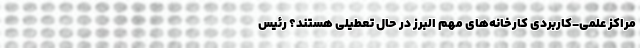
مراکز علمی-کاربردی کارخانه‌های مهم البرز در حال تعطیلی هستند؟ رئیس